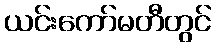
ယင်းကော်မတီတွင်